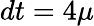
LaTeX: dt=4\mu